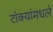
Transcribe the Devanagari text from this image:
टांक्यांमधले